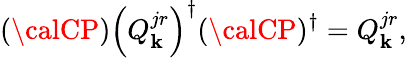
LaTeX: ({\calCP})\left(Q_{\mathbf{k}}^{jr}\right)^{\dagger}({\calCP})^{\dagger}=Q_{\mathbf{k}}^{jr},